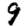
Digit: 9